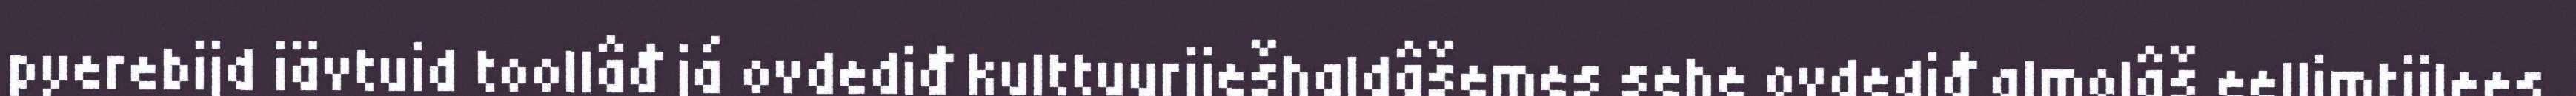
pyerebijd iävtuid toollâđ já ovdediđ kulttuurjiešhaldâšemes sehe ovdediđ almolâš eellimtiilees.